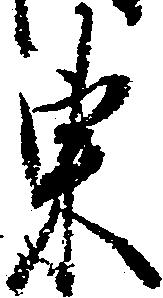
東